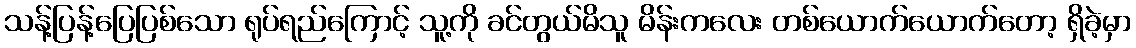
သန့်ပြန့်ပြေပြစ်သော ရုပ်ရည်ကြောင့် သူ့ကို ခင်တွယ်မိသူ မိန်းကလေး တစ်ယောက်ယောက်တော့ ရှိခဲ့မှာ